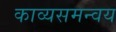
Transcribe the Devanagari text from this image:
काव्यसमन्वय